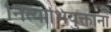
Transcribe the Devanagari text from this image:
नित्याभियुक्तानां